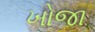
ખોજા